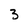
Character: 3